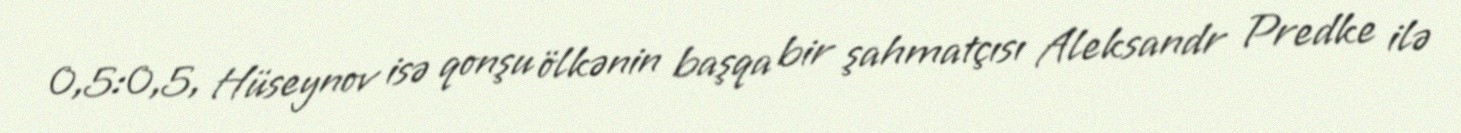
0,5:0,5, Hüseynov isə qonşu ölkənin başqa bir şahmatçısı Aleksandr Predke ilə